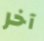
آخر